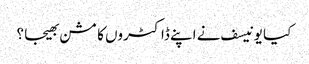
کیا یونیسف نے اپنے ڈاکٹروں کا مشن بھیجا ؟